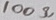
Text: 100Ω